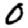
Digit: 0